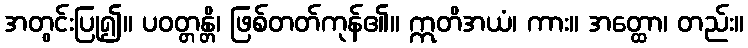
အတွင်းပြု၍။ ပဝတ္တန္တိ၊ ဖြစ်တတ်ကုန်၏။ ဣတိအယံ၊ ကား။ အတ္ထော၊ တည်း။